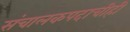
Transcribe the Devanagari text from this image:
संचालकपदाचीही